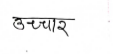
मजकूर: उच्चार